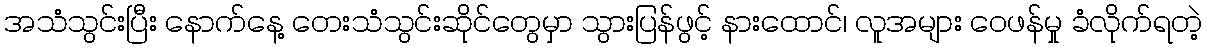
အသံသွင်းပြီး နောက်နေ့ တေးသံသွင်းဆိုင်တွေမှာ သွားပြန်ဖွင့် နားထောင်၊ လူအများ ဝေဖန်မှု ခံလိုက်ရတဲ့